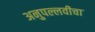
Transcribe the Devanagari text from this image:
अनुपल्लवीचा